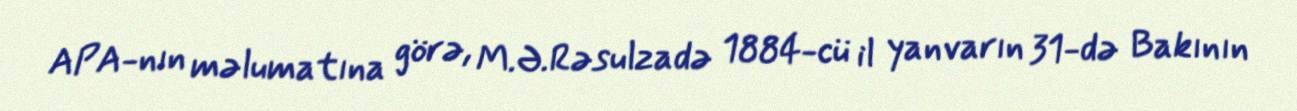
APA-nın məlumatına görə, M.Ə.Rəsulzadə 1884-cü il yanvarın 31-də Bakının